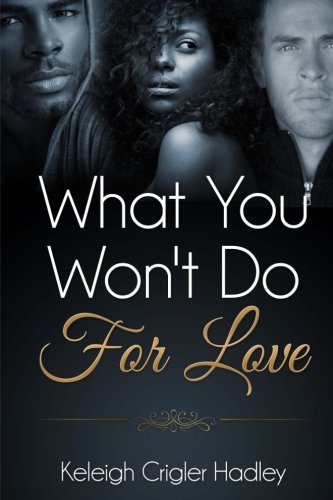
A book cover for What You Won't Do For Love; Keleigh Crigler Hadley; Literature & Fiction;